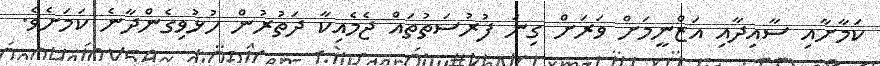
ކަމާށާއި ސާއިދާއި އަޒްނީމަށް ވަރަށް ގިނަ ފުރުސަތުތައް ޖެމެއިކާ ދަތުރުން ހުޅުވިގެންދާނެ ކަމަށެވެ.